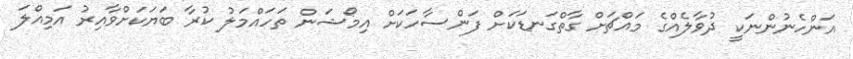
އަންހެނުންނަކީ ދުވާލެއްގެ މައްޗަށް ގާތްގަނޑަކަށް ފަންސާހަކަށް އިމޯޝަން ތަހައްމަލު ކުރާ ބަޔަކަށްވާއިރު އަމިއްލަ